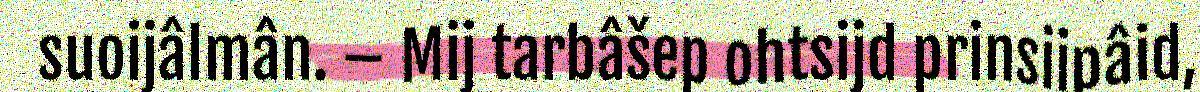
suoijâlmân. – Mij tarbâšep ohtsijd prinsiipâid,